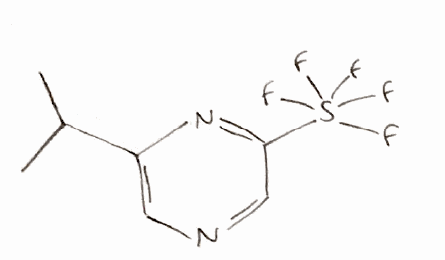
Simplified molecular-input line-entry system (SMILES) notation of the given molecule:
CC(C)C1=CN=CC(=N1)S(F)(F)(F)(F)F